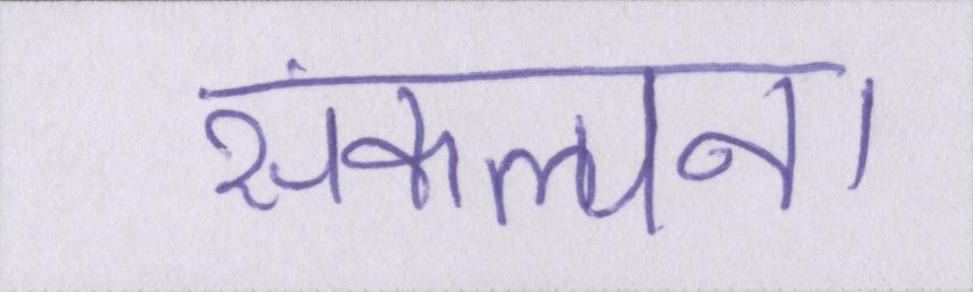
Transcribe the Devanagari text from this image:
संकल्पना